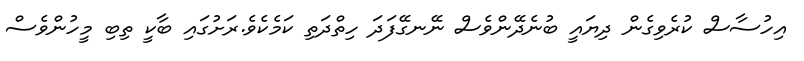
އިހުސާސް ކުރެވިގެން ދިޔައީ ބުނެދޭންވެސް ނޭނގޭފަދަ ހިތްދަތި ކަމެކެވެ.ރަށުގައި ބާކީ ތިބި މީހުންވެސް